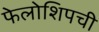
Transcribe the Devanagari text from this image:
फेलोशिपची